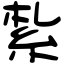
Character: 紮